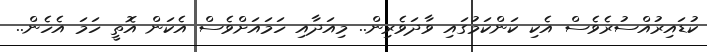
ކުޑައިރުއްސުރެވެސް އެކި ކަންކަމުގައި ވާދަވެރިން.. މިއަދާއި ހަމައަށްވެސް އެކަން އޮތީ ހަމަ އެހެން..